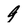
Character: 9